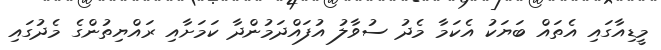
މީޑިއާގައި އެތައް ބަޔަކު އެކަމާ މެދު ސުވާލު އުފައްދަމުންދާ ކަމަށާއި ރައްޔިތުންގެ މެދުގައި